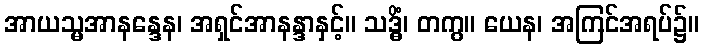
အာယသ္မအာနန္ဒေန၊ အရှင်အာနန္ဒာနှင့်။ သဒ္ဓိံ၊ တကွ။ ယေန၊ အကြင်အရပ်၌။